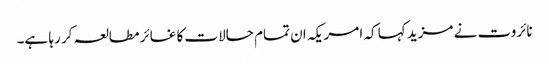
نائروت نے مزید کہا کہ امریکہ ان تمام حالات کا غائر مطالعہ کر رہا ہے۔